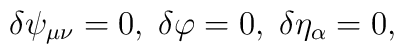
\delta \psi _{\mu \nu }=0,\;\delta \varphi =0,\;\delta \eta_\alpha =0,